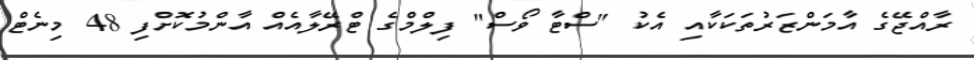
ރާއްޖޭގެ އާމަންޒަރުތަކަކާއި އެކު "ސްޓާ ވޯސް" ފިލްމްގެ ޓްރޭލާއެއް އާންމުކޮށްފި 48 މިނެޓް